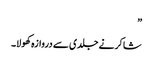
”
شاکر نے جلدی سے دروازہ کھولا۔